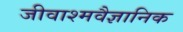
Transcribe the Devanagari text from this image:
जीवाश्मवैज्ञानिक